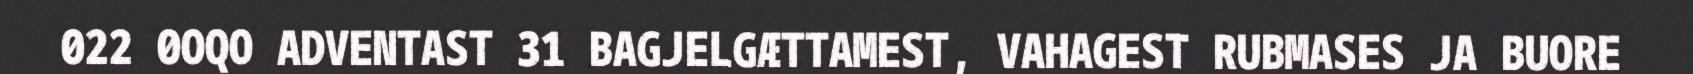
022 0OQO ADVENTAST 31 BAGJELGÆTTAMEST, VAHAGEST RUBMASES JA BUORE